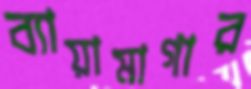
ব্যায়ামাগার